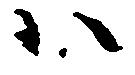
ハ